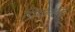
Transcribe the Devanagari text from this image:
पिंपलाद